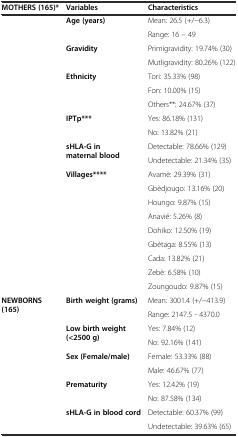
<table><thead><tr><td><b>MOTHERS (165)*</b></td><td><b>Variables</b></td><td><b>Characteristics</b></td></tr></thead><tbody><tr><td rowspan="2"></td><td rowspan="2"><b>Age (years)</b></td><td>Mean: 26.5 (+/-6.3)</td></tr><tr><td>Range: 16 – 49</td></tr><tr><td rowspan="2"></td><td rowspan="2"><b>Gravidity</b></td><td>Primigravidity: 19.74% (30)</td></tr><tr><td>Mutligravidity: 80.26% (122)</td></tr><tr><td rowspan="3"></td><td rowspan="3"><b>Ethnicity</b></td><td>Tori: 35.33% (98)</td></tr><tr><td>Fon: 10.00% (15)</td></tr><tr><td>Others**: 24.67% (37)</td></tr><tr><td rowspan="2"></td><td rowspan="2"><b>IPTp***</b></td><td>Yes: 86.18% (131)</td></tr><tr><td>No: 13.82% (21)</td></tr><tr><td rowspan="2"></td><td rowspan="2"><b>sHLA</b><b><i>-</i></b><b>G in maternal blood</b></td><td>Detectable: 78.66% (129)</td></tr><tr><td>Undetectable: 21.34% (35)</td></tr><tr><td rowspan="9"></td><td rowspan="9"><b>Villages****</b></td><td>Avamè: 29.39% (31)</td></tr><tr><td>Gbèdjougo: 13.16% (20)</td></tr><tr><td>Houngo: 9.87% (15)</td></tr><tr><td>Anavié: 5.26% (8)</td></tr><tr><td>Dohiko: 12.50% (19)</td></tr><tr><td>Gbétaga: 8.55% (13)</td></tr><tr><td>Cada: 13.82% (21)</td></tr><tr><td>Zebè: 6.58% (10)</td></tr><tr><td>Zoungoudo: 9.87% (15)</td></tr><tr><td rowspan="2"><b>NEWBORNS (165)</b></td><td rowspan="2"><b>Birth weight (grams)</b></td><td>Mean: 3001.4 (+/-413.9)</td></tr><tr><td>Range: 2147.5 - 4370.0</td></tr><tr><td rowspan="2"></td><td rowspan="2"><b>Low birth weight (&lt;2500 g)</b></td><td>Yes: 7.84% (12)</td></tr><tr><td>No: 92.16% (141)</td></tr><tr><td rowspan="2"></td><td rowspan="2"><b>Sex (Female/male)</b></td><td>Female: 53.33% (88)</td></tr><tr><td>Male: 46.67% (77)</td></tr><tr><td rowspan="2"></td><td rowspan="2"><b>Prematurity</b></td><td>Yes: 12.42% (19)</td></tr><tr><td>No: 87.58% (134)</td></tr><tr><td></td><td><b>sHLA-G in blood cord</b></td><td>Detectable: 60.37% (99)</td></tr><tr><td></td><td></td><td>Undetectable: 39.63% (65)</td></tr></tbody></table>